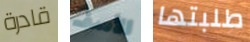
قادرة الأسف طلبتها